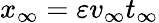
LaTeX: {x_{\infty}}=\varepsilon{v_{\infty}t_{\infty}}